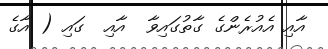
އާއި އެއުރެންގެ ގާތުގައިވާ  އާއި  ގައި ( އާގެ